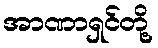
အာဏာရှင်တို့